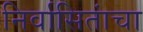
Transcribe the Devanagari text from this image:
निर्वासितांचा